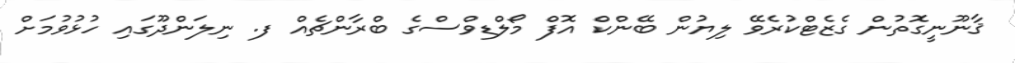
ޤާނޫނީގޮތުން ގެޒެޓްކުރެވޭ ލިޔުން ބޭންކް އޮފް މޯލްޑިވްސްގެ ބްރާންޗެއް ފ. ނިލަންދޫގައި ހުޅުވުމަށް